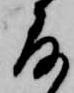
存